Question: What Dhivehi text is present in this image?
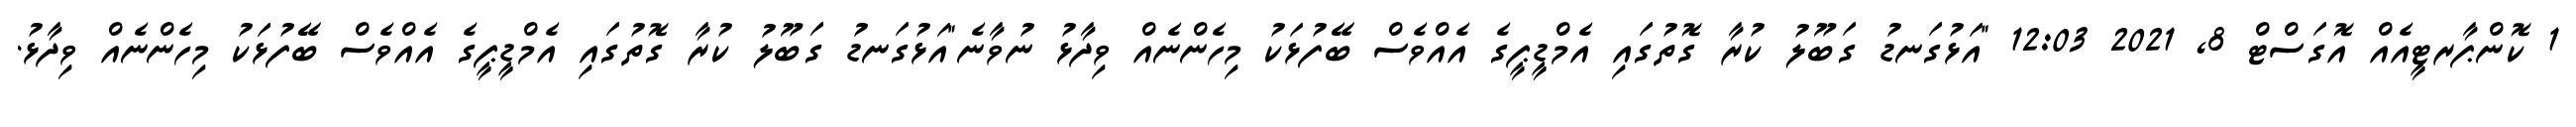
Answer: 1 ކޮންޕާރޓީއެއް އޮގަސްޓް 8, 2021 12:03 "އަޅުގަނޑު ގަބޫލު ކުރާ ގޮތުގައި އެމްޑީޕީގެ އެއްވެސް ބޭފުޅަކު މިހެންނެއް ވިދާޅު ނުވާނެ"އަޅުގަނޑު ގަބޫލު ކުރާ ގޮތުގައި އެމްޑީޕީގެ އެއްވެސް ބޭފުޅަކު މިހެންނެއް ވިދާޅު.